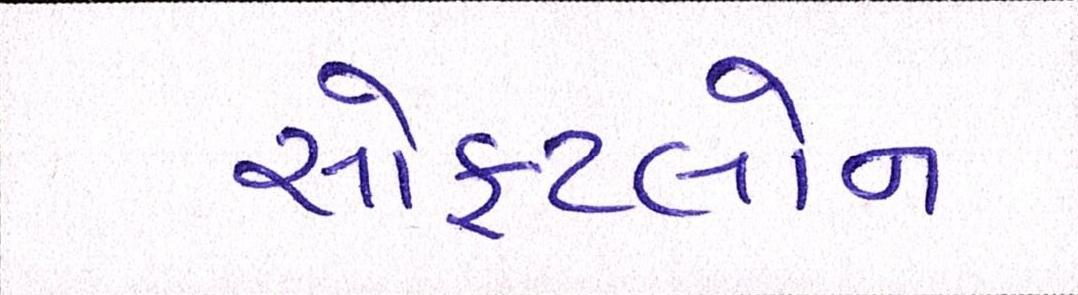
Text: સોફટલોન